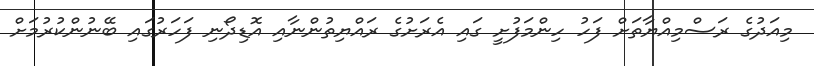
މިއަދުގެ ރަސްމިއްޔާތަށް ފަހު ހިންމަފުށީ ގައި އެރަށުގެ ރައްޔިތުންނާއި އޮޑިދޯނި ފަހަރުގައި ބޭނުންކުރުމަށް